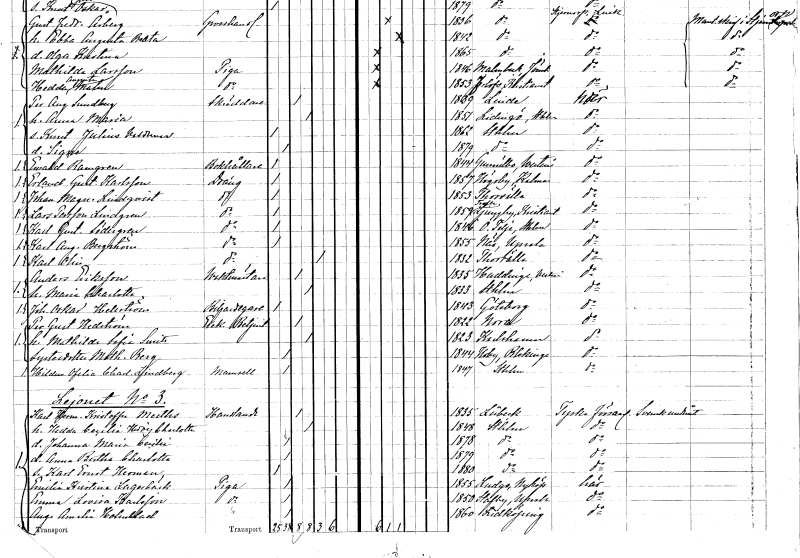
gt_parse: households: individuals: FN: Per August
EN: Sundberg
YRKE: Skräddare
KON: M
CIV: G
FODAR: 1839
FODFORS: Linde Örebro län
FN: Anna Maria
KON: K
CIV: G
FODAR: 1851
FODFORS: Lidingö Stockholms län
FN: Knut Julius Valdemar
KON: M
CIV: O
FODAR: 1862
FODFORS: Stockholm
FN: Signe
KON: K
CIV: O
FODAR: 1879
FODFORS: Stockholm
FN: Ewald
EN: Ramgren
YRKE: Bokhållare
KON: M
CIV: O
FODAR: 1844
FODFORS: Gunnilbo Västmanlands län
FN: Erland Gustaf
EN: Karlsson
YRKE: Dräng
KON: M
CIV: O
FODAR: 1857
FODFORS: Högsby Kalmar län
FN: Johan Magnus
EN: Lindqvist
YRKE: Dräng
KON: M
CIV: O
FODAR: 1853
FODFORS: Torshälla Södermanlands län
FN: Lars
EN: Persson Lindgren
YRKE: Dräng
KON: M
CIV: O
FODAR: 1859
FODFORS: Trolle-Ljungby Kristianstads län
FN: Karl Gustaf
EN: Södergren
YRKE: Dräng
KON: M
CIV: O
FODAR: 1846
FODFORS: Östertälje Stockholms län
FN: Karl August
EN: Bergström
YRKE: Dräng
KON: M
CIV: O
FODAR: 1855
FODFORS: Näs Uppsala län
FN: Karl
EN: Olin
YRKE: Dräng
KON: M
CIV: E
FODAR: 1832
FODFORS: Torshälla Södermanlands län
FN: Anders
EN: Eriksson
YRKE: Vaktmästare
KON: M
CIV: G
FODAR: 1835
FODFORS: Huddunge Västmanlands län
FN: Maria Charlotta
KON: K
CIV: G
FODAR: 1833
FODFORS: Stockholm
FN: Johan Oskar
EN: Hellström
YRKE: Biljardägare
KON: M
CIV: O
FODAR: 1843
FODFORS: Göteborg Göteborgs- och Bohuslän
FN: Per Gustaf
EN: Hedström
YRKE: Exekutionsbetjänt
KON: M
CIV: G
FODAR: 1822
FODFORS: Nora Örebro län
FN: Mathilda Sofia
EN: Smitt
KON: K
CIV: G
FODAR: 1823
FODFORS: Karlshamn Blekinge län
FN: Mathilda
EN: Berg
KON: K
CIV: O
FODAR: 1844
FODFORS: Hoby Blekinge län
FN: Hildur Ofelia Charlotta
EN: Lindberg
KON: K
CIV: O
FODAR: 1847
FODFORS: Stockholm
FN: Karl Herman Kristoffer
EN: Meeths
YRKE: Handlande
KON: M
CIV: G
FODAR: 1835
FN: Hedda Cecilia Hedvig Charlotta
KON: K
CIV: G
FODAR: 1848
FODFORS: Stockholm
FN: Johanna Maria Cecilia
KON: K
CIV: O
FODAR: 1878
FODFORS: Stockholm
FN: Anna Bertha Charlotta
KON: K
CIV: O
FODAR: 1879
FODFORS: Stockholm
FN: Karl Ernst Herman
KON: M
CIV: O
FODAR: 1880
FODFORS: Stockholm
FN: Emilia Kristina
EN: Lagerbäck
YRKE: Piga
KON: K
CIV: O
FODAR: 1855
FODFORS: Ludgo Södermanlands län
FN: Emma Lovisa
EN: Karlsson
YRKE: Piga
KON: K
CIV: O
FODAR: 1850
FODFORS: Stavby Uppsala län
FN: Augusta Amalia
EN: Holmblad
YRKE: Piga
KON: K
CIV: O
FODAR: 1860
FODFORS: Lidköping Skaraborgs län